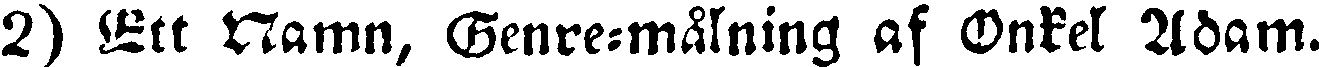
2) Ett Namn, Genre-målning af Onkel Adam.